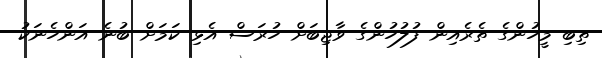
ތިބި މީހުންގެ ތެރެއިން ފުލުހުންގެ ވާޖިބަށް ހުރަސް އެޅި ކަމަށް ބުނެ އަންހެނަކު